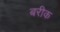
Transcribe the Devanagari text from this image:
बरीक